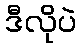
ဒီလိုပဲ